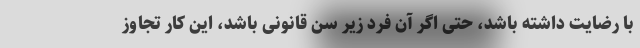
با رضایت داشته باشد، حتی اگر آن فرد زیر سن قانونی باشد، این کار تجاوز